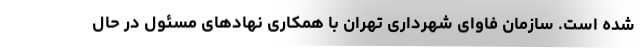
شده است. سازمان فاوای شهرداری تهران با همکاری نهادهای مسئول در حال